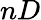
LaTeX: nD